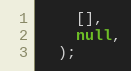
Language: JavaScript
    [],
    null,
  );